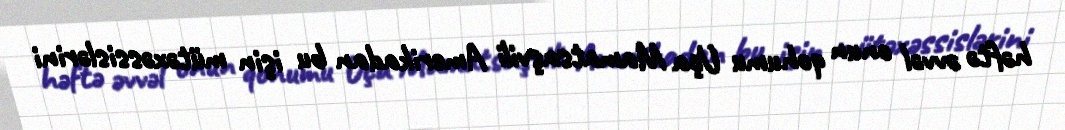
həftə əvvəl onun qohumu Uça Mamatsaşvili Amerikadan bu işin mütəxəssislərini